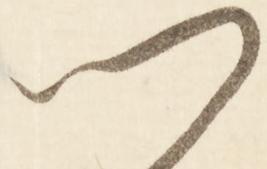
門